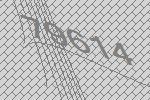
79614